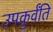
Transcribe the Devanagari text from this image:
उपकुर्वंति